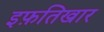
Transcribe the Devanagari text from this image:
इफ़तिखार